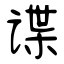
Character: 谍